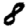
Digit: 8